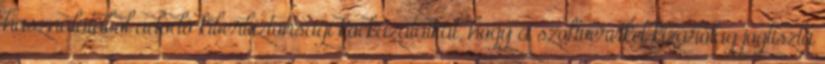
használatából adódó kiberbiztonsági kockázataikat, hogy a szoftvereiket kizárólag jogtiszta